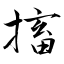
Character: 搐